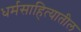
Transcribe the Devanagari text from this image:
धर्मसाहित्यातील